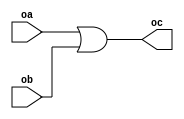
module OR(oa,ob,oc);
input oa,ob;
output oc;
assign oc = oa|ob;
endmodule